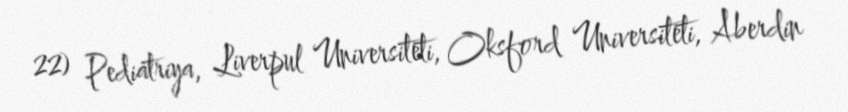
22) Pediatriya, Liverpul Universiteti, Oksford Universiteti, Aberdin